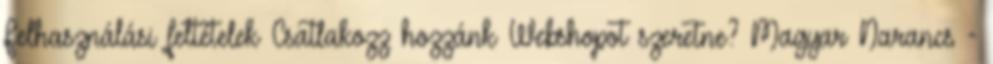
Felhasználási feltételek Csatlakozz hozzánk Webshopot szeretne? Magyar Narancs -